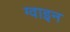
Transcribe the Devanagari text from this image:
ग्वाइन